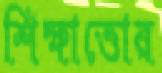
শিক্ষাত্তোর